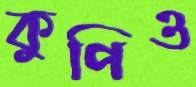
কুপিও